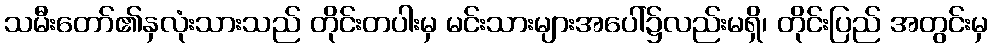
သမီးတော်၏နှလုံးသားသည် တိုင်းတပါးမှ မင်းသားများအပေါ်၌လည်းမရှိ၊ တိုင်းပြည် အတွင်းမှ